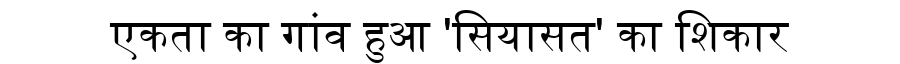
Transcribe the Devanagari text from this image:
एकता का गांव हुआ 'सियासत' का शिकार